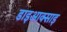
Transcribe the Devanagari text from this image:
डाइआक्साइ